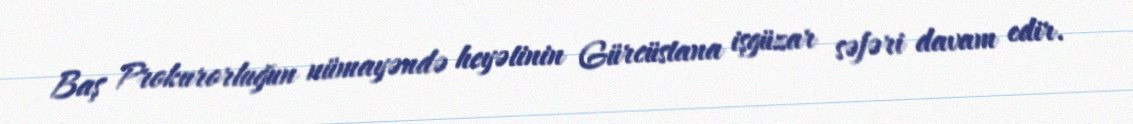
Baş Prokurorluğun nümayəndə heyətinin Gürcüstana işgüzar səfəri davam edir.